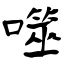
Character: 噬